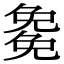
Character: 𭀰